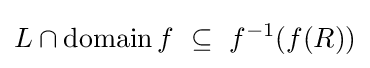
L\cap \operatorname {domain} f~\subseteq ~f^{-1}(f(R))